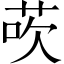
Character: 𫈀